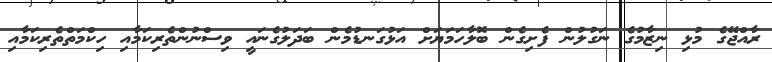
ރާއްޖޭގެ މުޅި ނިޒާމުގެ ނަގުލުން ފެށިގެން ބޮލާހަމަޔަށް އަޅުގަނޑުމެން ބަދަލުގެނައީ ވިސްނުންތެރިކަމާއި ހިކްމަތްތެެރިކަމާއި